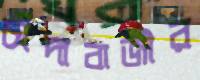
চাঁদাবাজীর